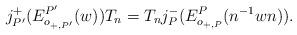
LaTeX: \begin{align*}j_{P'}^+(E_{o_{+,P'}}^{P'}(w))T_n = T_nj_P^-(E^P_{o_{+,P}}(n^{-1}wn)).\end{align*}